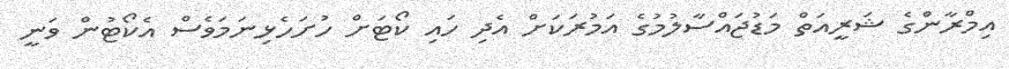
އިމްރާންގެ ޝަރީއަތް މަޑުޖައްސާލުމުގެ އަމުރަކަށް އެދި ހައި ކޯޓަށް ހުށަހެޅިނަމަވެސް އެކޯޓުން ވަނީ